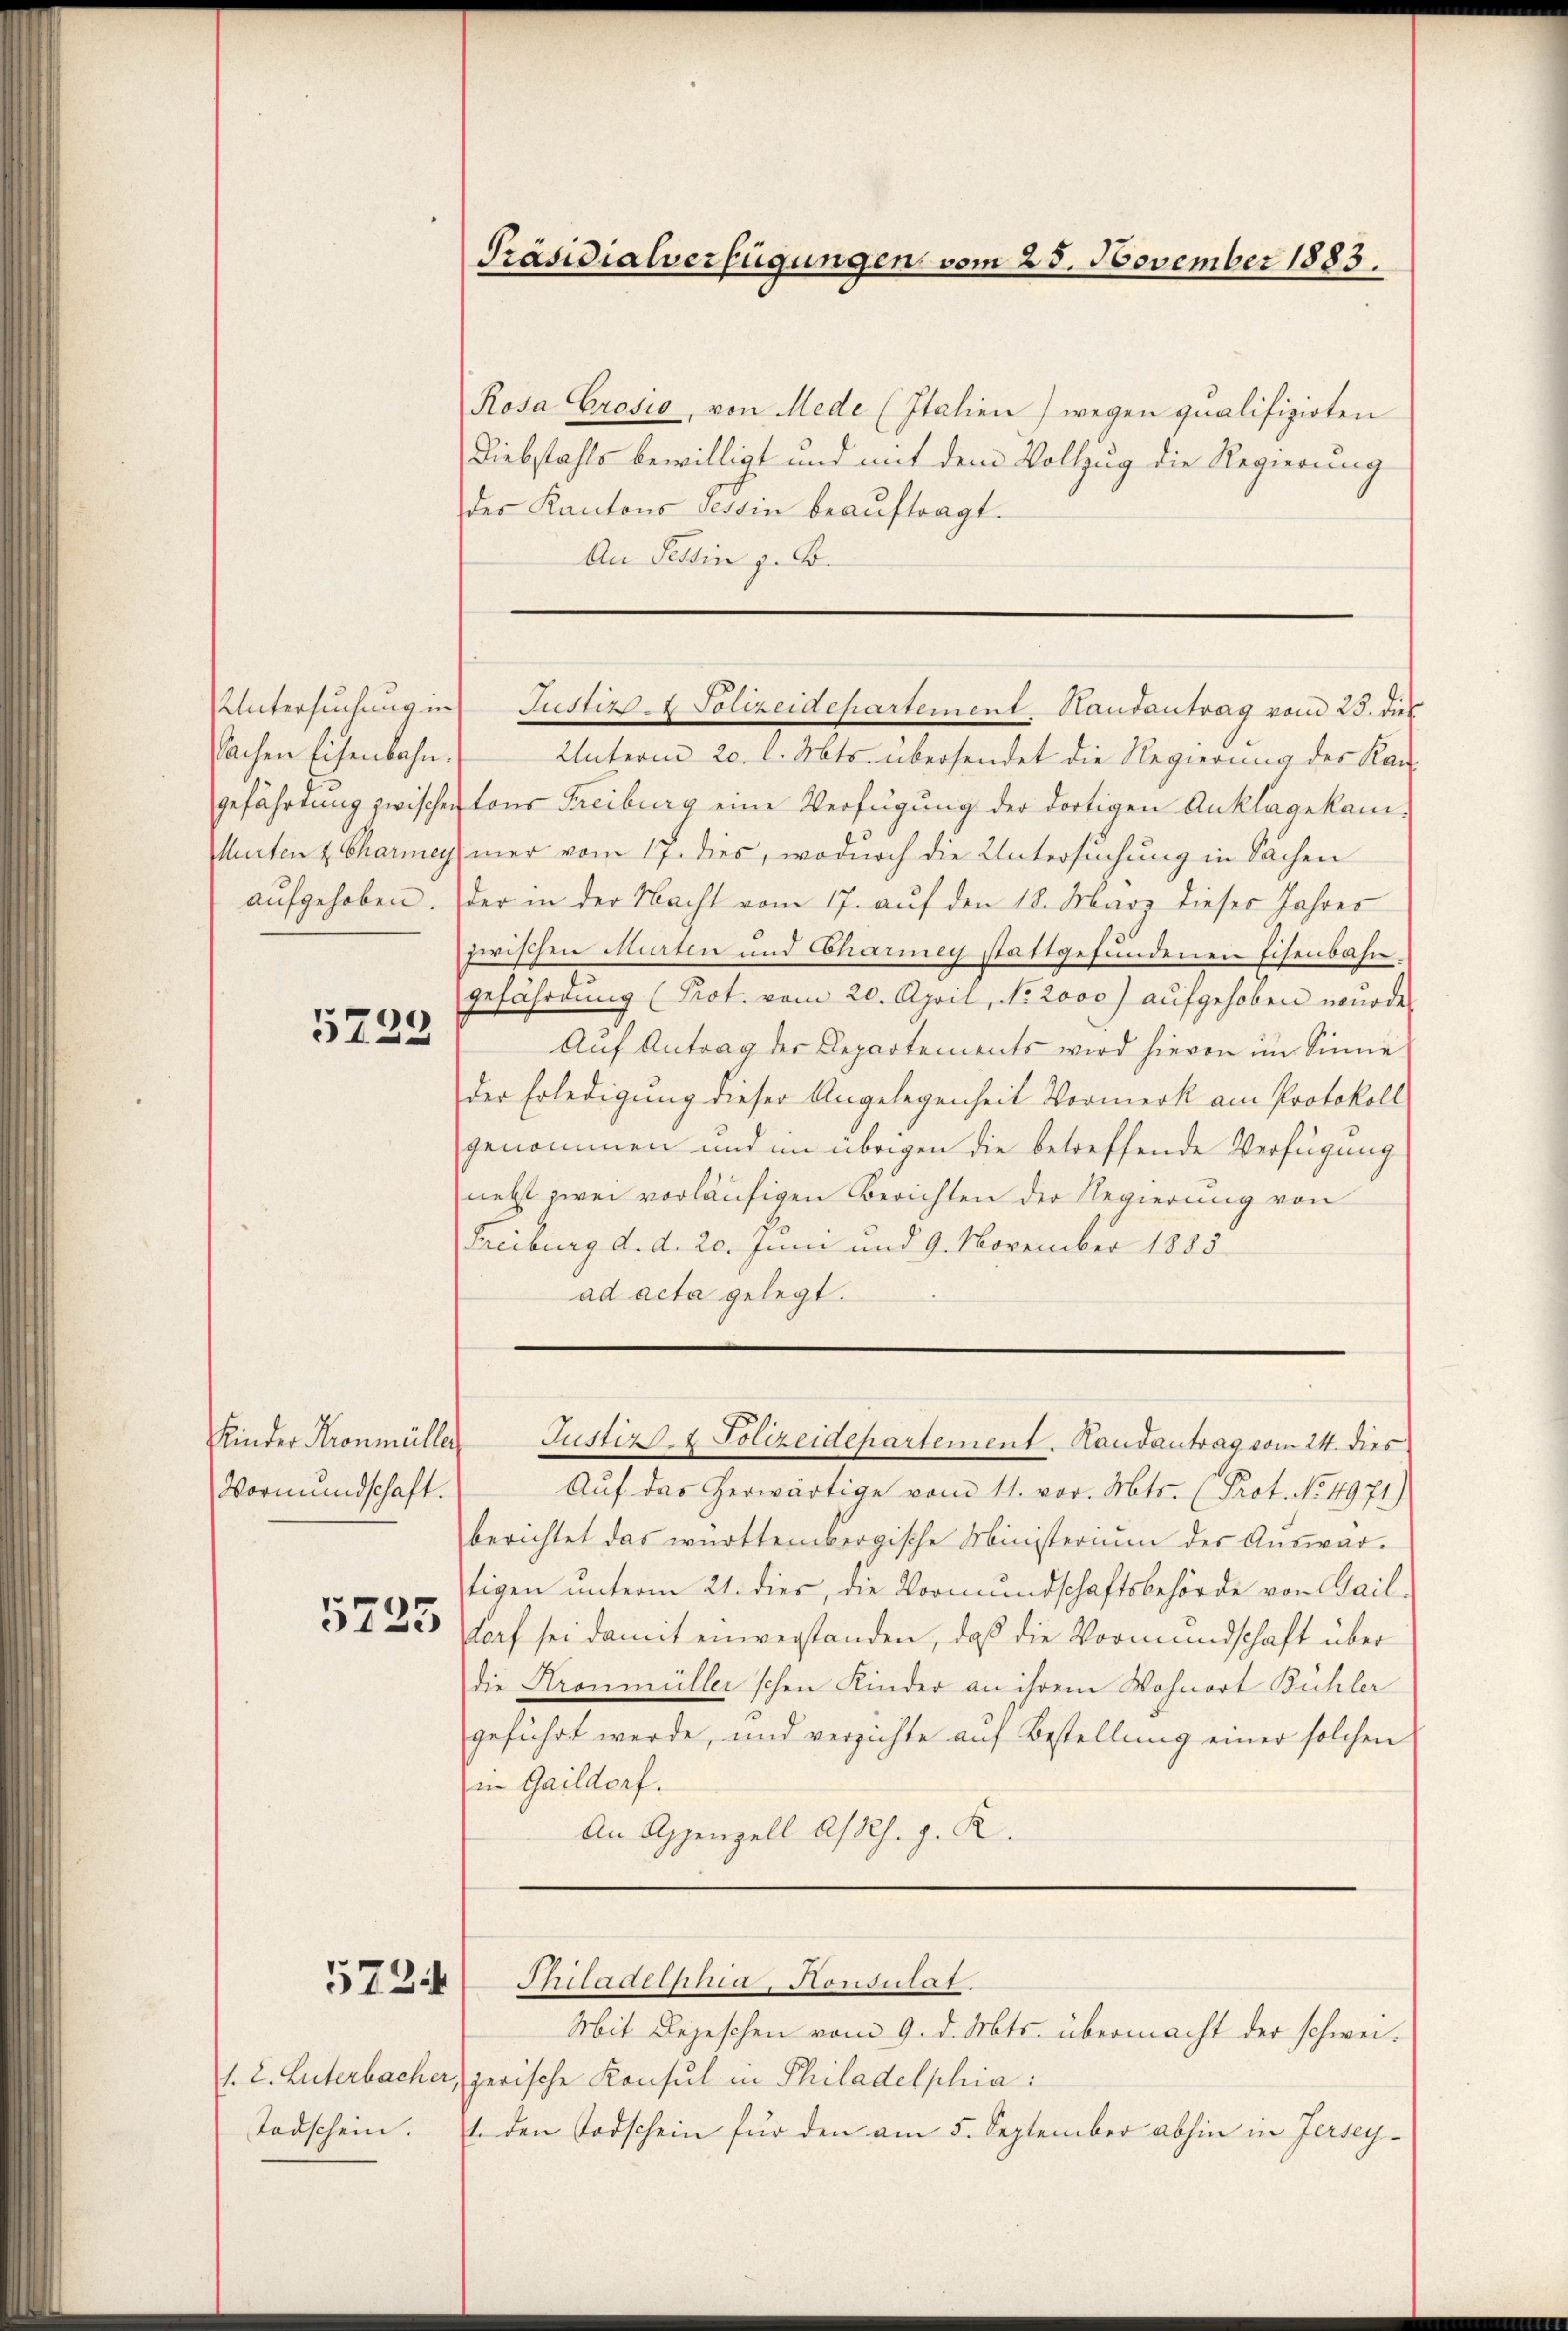
Untersuchung in
Sachen Eisenbahn.
gefährdung zwischen
Murten & Charmey
aufgehoben.

5222

Kinder Kronmüller
Vormundschaft.

5725

d. L. Luterbacher,
Todschein.

5724

Präsidialverfügungen vom 25. November 1883.

Justiz- & Polizeidepartement. Handantrag vom 23. dies

Rosa Crosio, von Mede (Italien) wegen qualifizirten
Diebstahls bewilligt und mit dem Vollzug die Regierung
des Kantons Tessin beaŭftragt.
An Tessin z. B.
Unterm 20. l. Mts. übersendet die Regierung des Kan-
tons Freiburg eine Verfügung der dortigen Anklagekammer vom 17. dies, wodurch die Untersuchung in Sachen
der in der Nacht vom 17. auf den 18. März dieser Jahres
zwischen Mieten und Chariney stattgefundenen Eisenbahngefährdung (Prot. vom 20. April, No. 2000) aŭfgehoben wurde.
Aŭf Antrag der Departements wird hievon im Sinne
der Erledigung dieser Angelegenheit Vormerk am Protokoll
genommen und im übrigen die betreffende Verfügung
nebst zwei vorläufigen Berichten der Regierung von
Freiburg d. d. 20. Juni und 9. November 1885
ad acta gelegt.
Justiz- & Polizeidepartement. Handantrag vom 24. dies
Auf das herwärtige vom 11. vor. Mts. (Prot. No. 4971)
berichtet das württembergische Ministerium des Auswar-
tigen unterm 21. dies, die Vormundschaftsbehörde von Gail-
dorf sei damit einverstanden, daß die Vormundschaft über
die Kronmüller schon Kinder an ihrem Wohnort Bühler
geführt werde, und verzichte auf Bestellung einer solchen
in Gaildorf.
An Appenzell A/Rh. g. K.
Philadelphia, Honsulat.
Mit Depeschen vom 9. d. Mts. übermacht der schweizerische Konsul in Philadelphia:
1. den Todschein für den am 5. September abhin in Jersey¬